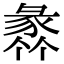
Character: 𧱤